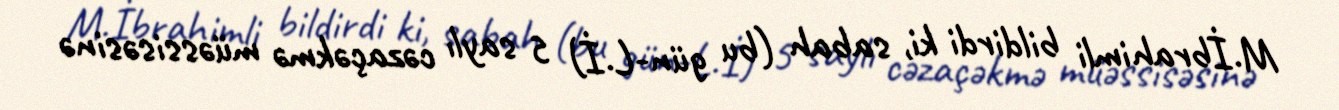
M.İbrahimli bildirdi ki, sabah (bu gün-L.İ) 5 saylı cəzaçəkmə müəssisəsinə